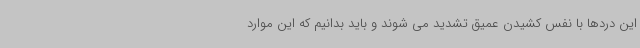
این دردها با نفس کشیدن عمیق تشدید می شوند و باید بدانیم که این موارد